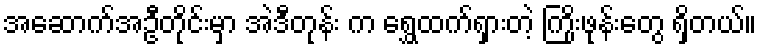
အဆောက်အဦတိုင်းမှာ အဲဒီတုန်း က ရွှေထက်ရှားတဲ့ ကြိုးဖုန်းတွေ ရှိတယ်။